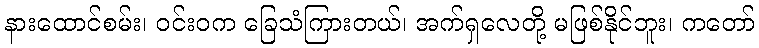
နားထောင်စမ်း၊ ဝင်းဝက ခြေသံကြားတယ်၊ အက်ရှလေတို့ မဖြစ်နိုင်ဘူး၊ ကတော်